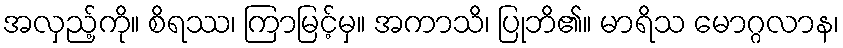
အလှည့်ကို။ စိရဿ၊ ကြာမြင့်မှ။ အကာသိ၊ ပြုဘိ၏။ မာရိသ မောဂ္ဂလာန၊